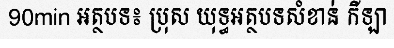
90min អត្ថបទ៖ ប្រុស យុទ្ធអត្ថបទសំខាន់ កីឡា